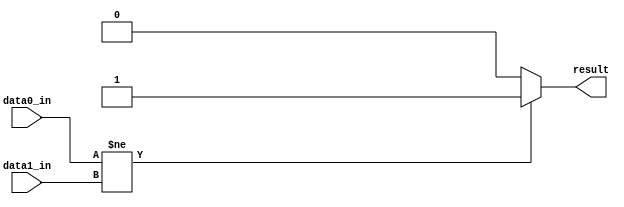
module not_equal(data0_in,data1_in,result);

input [31:0] data0_in, data1_in;
output result;

assign result = (data0_in != data1_in) ? 1 : 0 ;

endmodule